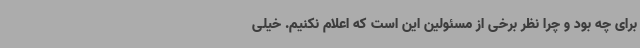
برای چه بود و چرا نظر برخی از مسئولین این است که اعلام نکنیم. خیلی